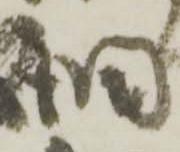
調